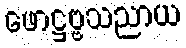
ဖောဋ္ဌဗ္ဗသညာယ